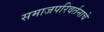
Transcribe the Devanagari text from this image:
समाजपरिवर्तनाचे